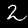
Digit: 2